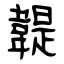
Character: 䪘